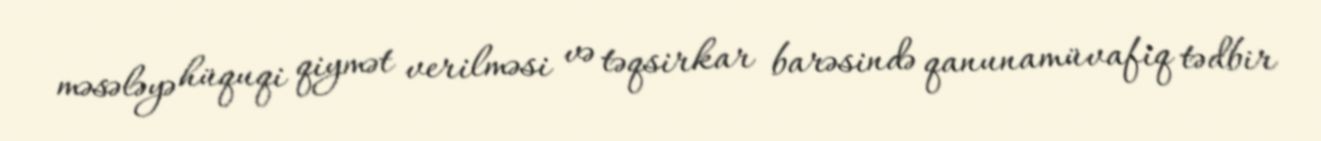
məsələyə hüquqi qiymət verilməsi və təqsirkar barəsində qanunamüvafiq tədbir